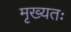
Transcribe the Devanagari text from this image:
मृख्यतः